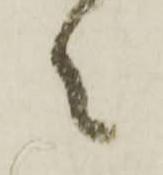
々